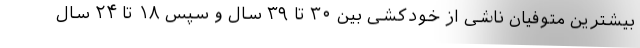
بیشترین متوفیان ناشی از خودکشی بین ۳۰ تا ۳۹ سال و سپس ۱۸ تا ۲۴ سال